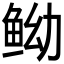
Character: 𱇤